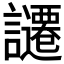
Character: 𧭱